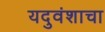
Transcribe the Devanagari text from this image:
यदुवंशाचा